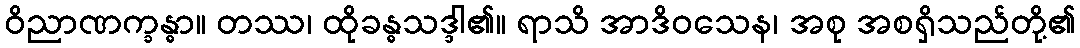
ဝိညာဏက္ခန္ဓာ။ တဿ၊ ထိုခန္ဓသဒ္ဒါ၏။ ရာသိ အာဒိဝသေန၊ အစု အစရှိသည်တို့၏